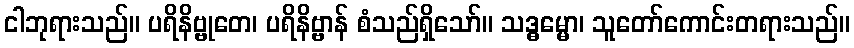
ငါဘုရားသည်။ ပရိနိဗ္ဗုတေ၊ ပရိနိဗ္ဗာန် စံသည်ရှိသော်။ သဒ္ဓမ္မော၊ သူတော်ကောင်းတရားသည်။